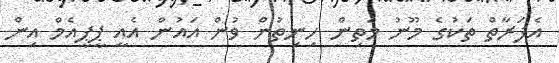
އެފަރާތް ތަކުގެ މޫނު މަތިން ހިނިތުން ވުން އައުން އެއީ ޕީޕީއެމް އިން